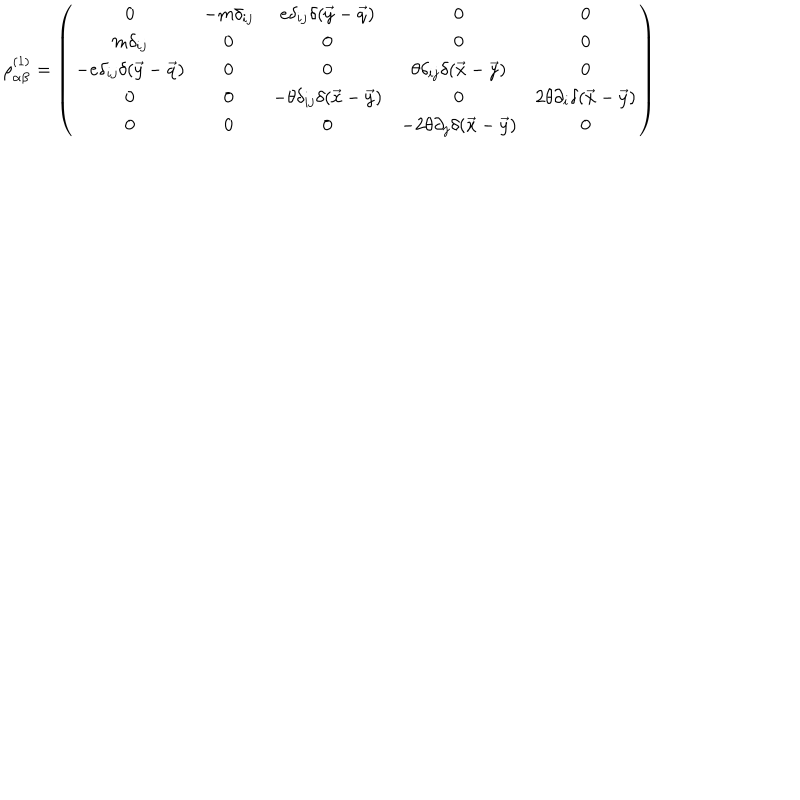
\rho _ { \alpha \beta } ^ { ( 1 ) } = \left( \begin{array} { c c c c c } { { 0 } } & { { - m \delta _ { i j } } } & { { e \delta _ { i j } \delta ( \vec { y } - \vec { q } ) } } & { { 0 } } & { { 0 } } \\ { { m \delta _ { i j } } } & { { 0 } } & { { 0 } } & { { 0 } } & { { 0 } } \\ { { - e \delta _ { i j } \delta ( \vec { y } - \vec { q } ) } } & { { 0 } } & { { 0 } } & { { \theta \delta _ { i j } \delta ( \vec { x } - \vec { y } ) } } & { { 0 } } \\ { { 0 } } & { { 0 } } & { { - \theta \delta _ { i j } \delta ( \vec { x } - \vec { y } ) } } & { { 0 } } & { { 2 \theta \partial _ { i } \delta ( \vec { x } - \vec { y } ) } } \\ { { 0 } } & { { 0 } } & { { 0 } } & { { - 2 \theta \partial _ { j } \delta ( \vec { x } - \vec { y } ) } } & { { 0 } } \\ \end{array} \right)